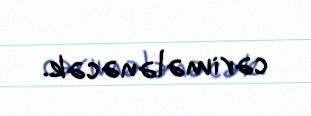
cərimələnəcək.